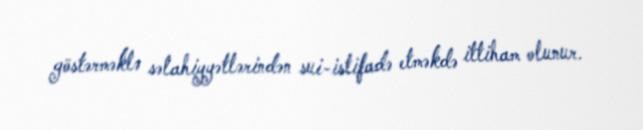
göstərməklə səlahiyyətlərindən sui-istifadə etməkdə ittiham olunur.